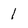
Character: l